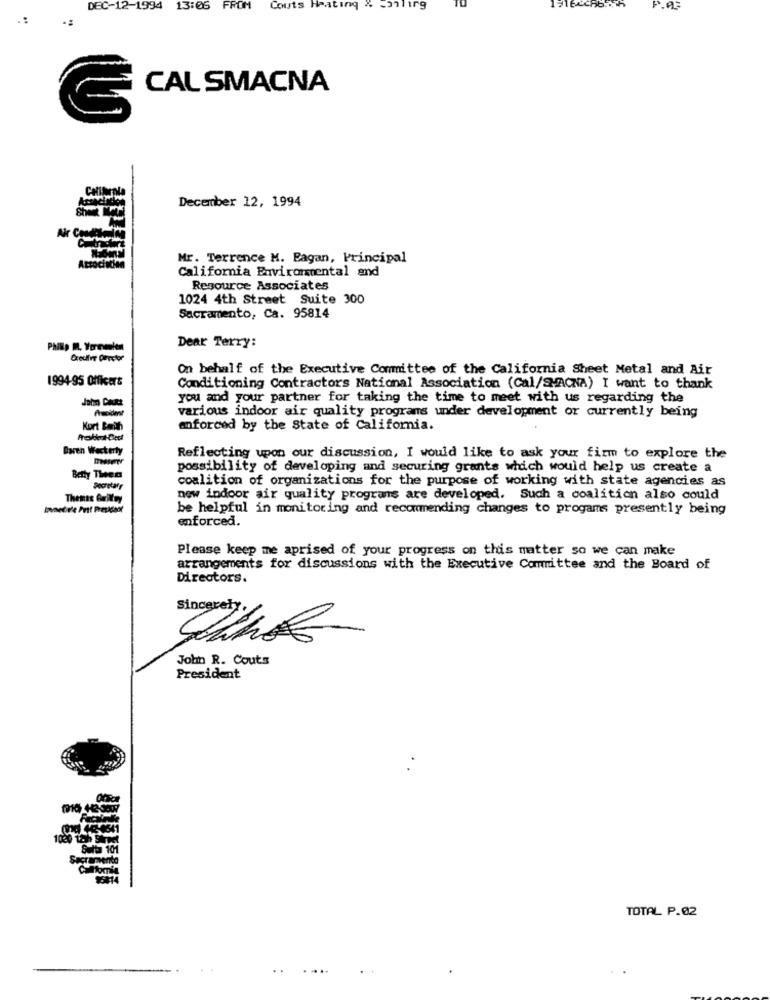
DEC-12-1994
13:05
FROM
Couts Heating & sailing
CAL SMACNA
December 12, 1994
Mr. Terrence M. Bagan, Principal
California Environmental and
Resource Associates
1024 4th Street Suite 300
Sacramento, Ca. 95814
Dear Terry:
On behalf of the Executive Committee of the California Sheet Metal and Air
1994-95 Officers
Conditioning Contractors National Association (Cal/SMACNA) I want to thank
you and your partner for taking the time to meet with us regarding the
various indoor air quality programs under development or currently being
Precident
Kort Bath
enforced by the State of California.
Baren Weckerty
Reflecting upon our discussion, I would like to ask your firm to explore the
possibility of developing and securing grants which would help us create a
Betty Then
coalition of organizations for the purpose of working with state agencies as
Secretary
Thenas Carillay
new indoor air quality programs are developed. Such a coalition also could
Inmetr'e Past President
be helpful in monitoring and recommending changes to progams presently being
enforced.
Please keep me aprised of your progress on this matter so we can make
arrangements for discussions with the Executive Committee and the Board of
Directors.
Sincerely,
John R. Couts
President
Sulta 101
Sacramento
TOTAL P.02
...